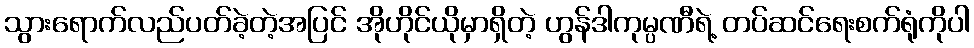
သွားရောက်လည်ပတ်ခဲ့တဲ့အပြင် အိုဟိုင်ယိုမှာရှိတဲ့ ဟွန်ဒါကုမ္ပဏီရဲ့ တပ်ဆင်ရေးစက်ရုံကိုပါ